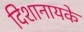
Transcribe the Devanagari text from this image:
दिशानायके